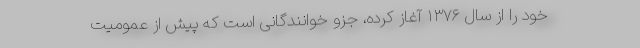
خود را از سال ۱۳۷۶ آغاز کرده، جزو خوانندگانی است که پیش از عمومیت